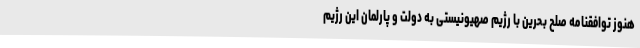
هنوز توافقنامه صلح بحرین با رژیم صهیونیستی به دولت و پارلمان این رژیم